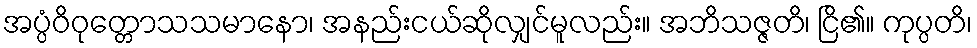
အပ္ပံဝိဝုတ္တောသသမာနော၊ အနည်းငယ်ဆိုလျှင်မူလည်း။ အဘိသဇ္ဇတိ၊ ငြိ၏။ ကုပ္ပတိ၊